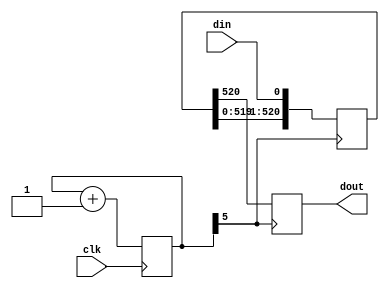
module uart_delay (
	input clk,
	input din,
	output reg dout=1'b1
);


// zu viele ressourcen


parameter 	SYSTEM_CLOCK  	= 32000000;
parameter	CLK_DIV			= 64;
parameter	CLK_WIDTH		= $clog2(CLK_DIV)-1;
parameter	NEW_CLK			= SYSTEM_CLOCK / CLK_DIV;

parameter 	BAUD_RATE		= 9600;
parameter 	CYC_COUNT		= NEW_CLK/BAUD_RATE;
parameter	CYC_HALF_COUNT	= CYC_COUNT*2;
parameter 	DELAY_CYCLES 	= CYC_COUNT * 10;

reg [DELAY_CYCLES:0] delay_chain = {DELAY_CYCLES{1'b1}};

reg [CLK_WIDTH:0] div_clk = 0 ;

always @(posedge clk) begin
	div_clk <= div_clk + 1;
end

wire slower_clk = div_clk[CLK_WIDTH];

always @(posedge slower_clk) begin
	delay_chain <= {delay_chain[DELAY_CYCLES-1:0],din};
	dout		<= delay_chain[DELAY_CYCLES];
end

endmodule